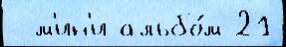
  м'ин'и-альбо́м 21